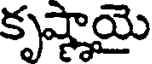
కృష్ణాయై